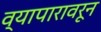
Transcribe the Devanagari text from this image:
व्यापारावरून